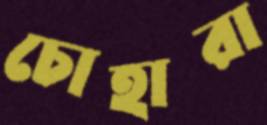
চোহারা